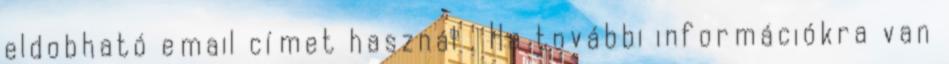
eldobható email címet használ . Ha további információkra van